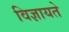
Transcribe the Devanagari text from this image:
विज्ञायते